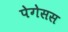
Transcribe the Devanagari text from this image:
पेगेसस